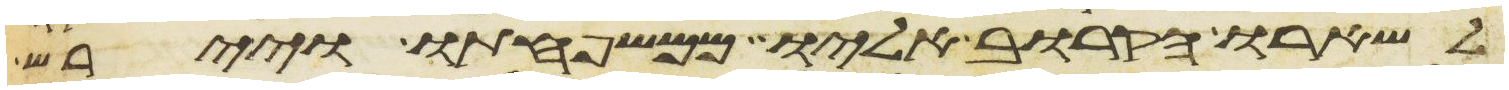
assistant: לשארו הקרוב אליו ממשפחתו ויירש